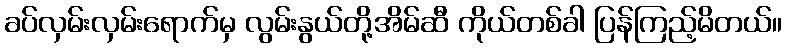
ခပ်လှမ်းလှမ်းရောက်မှ လွမ်းနွယ်တို့အိမ်ဆီ ကိုယ်တစ်ခါ ပြန်ကြည့်မိတယ်။